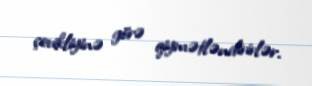
çevikliyinə görə qiymətləndirirlər.